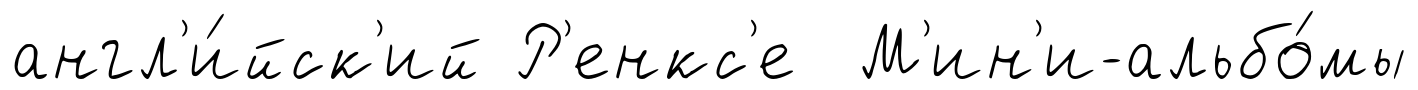
англ'и́йск'ий Р'енкс'е М'ин'и-альбо́мы